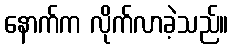
နောက်က လိုက်လာခဲ့သည်။